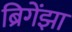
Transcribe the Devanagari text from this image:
ब्रिगेंझा